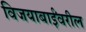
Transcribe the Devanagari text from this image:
विजयाबाईंवरील